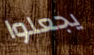
يجعلوا